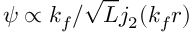
\psi \propto k _ { f } / \sqrt { L } j _ { 2 } ( k _ { f } r )